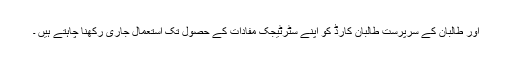
اور طالبان کے سرپرست طالبان کارڈ کو اپنے سٹرٹیجک مفادات کے حصول تک استعمال جاری رکھنا چاہتے ہیں ۔